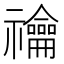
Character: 禴